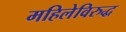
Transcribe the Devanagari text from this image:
महिलेविरुद्ध